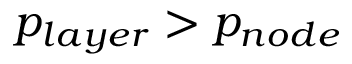
p _ { l a y e r } > p _ { n o d e }